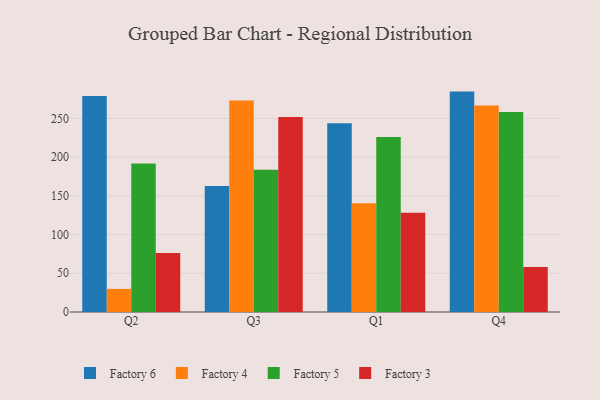
{"axis": {"x": "Quarter", "y": "Net Income (USD K)"}, "legend": ["Factory 3", "Factory 4", "Factory 5", "Factory 6"], "data": [{"x": "Q2", "y": 279.1, "type": "Factory 6"}, {"x": "Q2", "y": 29.8, "type": "Factory 4"}, {"x": "Q2", "y": 191.9, "type": "Factory 5"}, {"x": "Q2", "y": 76.2, "type": "Factory 3"}, {"x": "Q3", "y": 162.9, "type": "Factory 6"}, {"x": "Q3", "y": 273.3, "type": "Factory 4"}, {"x": "Q3", "y": 183.6, "type": "Factory 5"}, {"x": "Q3", "y": 251.9, "type": "Factory 3"}, {"x": "Q1", "y": 243.9, "type": "Factory 6"}, {"x": "Q1", "y": 140.5, "type": "Factory 4"}, {"x": "Q1", "y": 226.2, "type": "Factory 5"}, {"x": "Q1", "y": 128.2, "type": "Factory 3"}, {"x": "Q4", "y": 284.7, "type": "Factory 6"}, {"x": "Q4", "y": 266.9, "type": "Factory 4"}, {"x": "Q4", "y": 258.5, "type": "Factory 5"}, {"x": "Q4", "y": 58.0, "type": "Factory 3"}]}